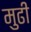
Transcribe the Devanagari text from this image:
मुढी